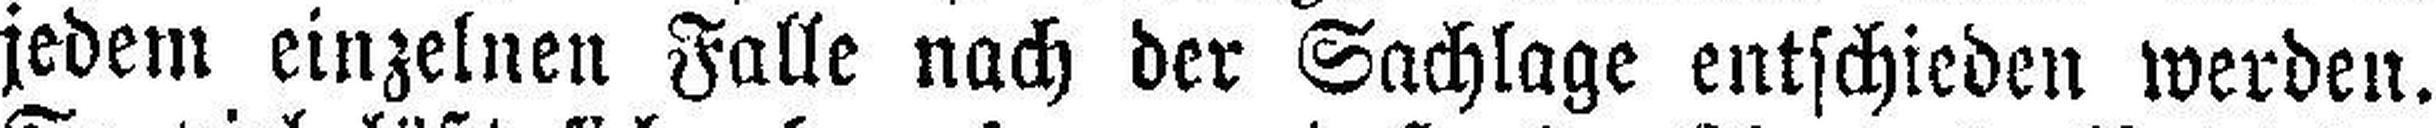
jedem einzelnen Falle nach der Sachlage entschieden werden.